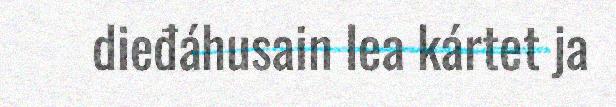
dieđáhusain lea kártet ja